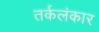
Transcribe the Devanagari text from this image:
तर्कलंकार